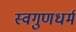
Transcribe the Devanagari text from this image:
स्वगुणधर्म